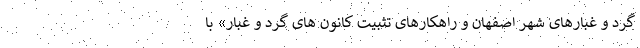
گرد و غبارهای شهر اصفهان و راهکارهای تثبیت کانون های گرد و غبار» با